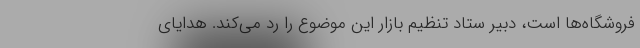
فروشگاه‌ها است، دبیر ستاد تنظیم بازار این موضوع را رد می‌کند. هدایای